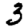
Digit: 3